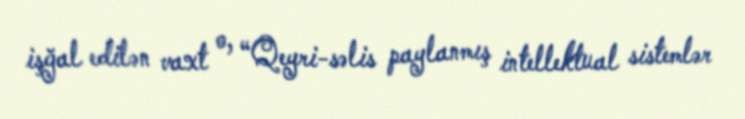
işğal edilən vaxt o, “Qeyri-səlis paylanmış intellektual sistemlər